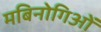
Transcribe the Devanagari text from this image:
मबिनोगिओं